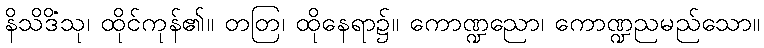
နိသိဒိံသု၊ ထိုင်ကုန်၏။ တတြ၊ ထိုနေရာ၌။ ကောဏ္ဍညော၊ ကောဏ္ဍညမည်သော။